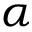
\alpha